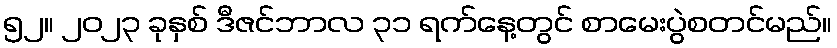
၅၂။ ၂၀၂၃ ခုနှစ် ဒီဇင်ဘာလ ၃၁ ရက်နေ့တွင် စာမေးပွဲစတင်မည်။